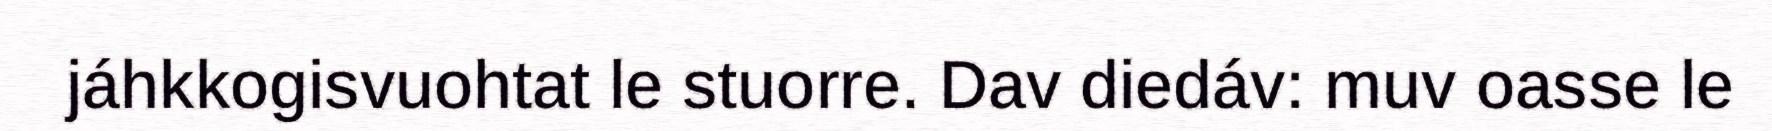
jáhkkogisvuohtat le stuorre. Dav diedáv: muv oasse le